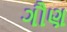
ગૌણ